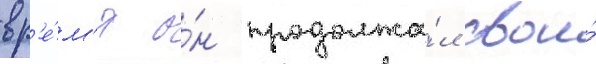
вр'е́м'я о́н продолжа́л свои́